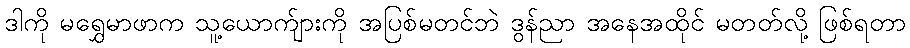
ဒါကို မရွှေမာဖာက သူ့ယောက်ျားကို အပြစ်မတင်ဘဲ ဒွန်ညာ အနေအထိုင် မတတ်လို့ ဖြစ်ရတာ